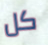
كل